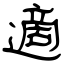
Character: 適